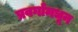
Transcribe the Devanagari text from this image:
प्रवर्गामधून